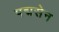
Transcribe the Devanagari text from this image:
पद्मसेन